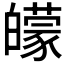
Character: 𤾬